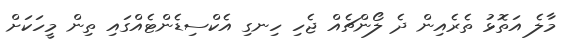
މާލެ އަތޮޅު ތެރެއިން ދެ ލޯންޗެއް ޖެހި ހިނގި އެކްސިޑެންޓެއްގައި ތިން މީހަކަށް